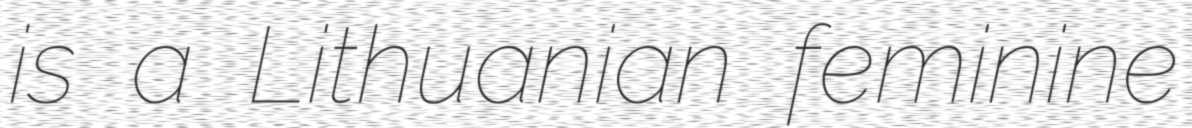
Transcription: is a Lithuanian feminine